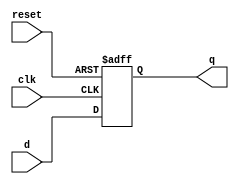
`timescale 1ns/1ps

module dff(q,d,reset,clk);

	output q;
	input d,reset,clk;
	reg q;

	always @(posedge clk or posedge reset)
	begin
	if(reset==1)
		q=0;
	else
		q=d;
	end
endmodule

module testbench();

reg d;
reg clk;
reg reset;
wire q;
dff uut(q,d,reset,clk);

initial begin

$dumpfile ("async_dff_out.vcd"); 
$dumpvars(0,testbench);
clk=0;
end

always
#10 clk=~clk;

initial begin
reset=1;
d=1;
#100;
reset=0;
d=1;
#100
d=0;
#100
d=1;
reset=1;
end
endmodule